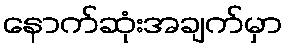
နောက်ဆုံးအချက်မှာ